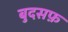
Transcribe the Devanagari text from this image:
बुदसफ़